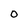
Character: o